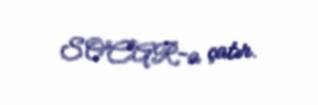
SOCAR-a çatır.